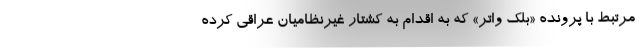
مرتبط با پرونده «بلک واتر» که به اقدام به کشتار غیرنظامیان عراقی کرده